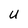
Character: U